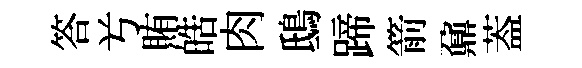
答𠔃賄皓肉鴟蹄箭鼐葢